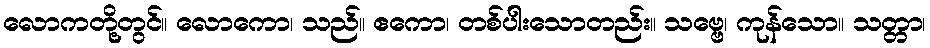
လောကတို့တွင်။ လောကော၊ သည်။ ဧကော၊ တစ်ပါးသောတည်း။ သဗ္ဗေ၊ ကုန်သော။ သတ္တာ၊